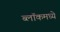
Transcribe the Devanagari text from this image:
ब्लॉकमध्‍ये